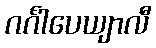
ဂင်္ဂါပေယျာလီ